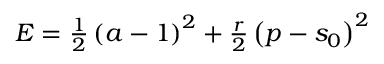
\begin{array} { r } { E = \frac { 1 } { 2 } \left( a - 1 \right) ^ { 2 } + \frac { r } { 2 } \left( p - s _ { 0 } \right) ^ { 2 } } \end{array}